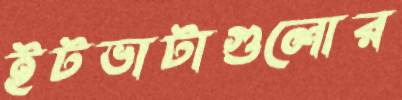
ইটভাটাগুলোর